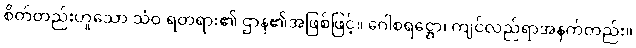
စိတ်တည်းဟူသော သံဝ ရတရား၏ ဌာန၏အဖြစ်ဖြင့်။ ဂေါစရဋ္ဌော၊ ကျင်လည်ရာအနက်တည်း။